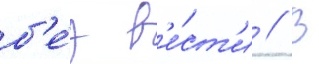
б'е́з в'е́ст'и // В